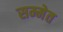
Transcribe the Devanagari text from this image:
सम्मेत